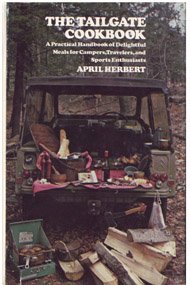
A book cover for Picnics and Tailgate Parties; Cookbooks, Food & Wine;